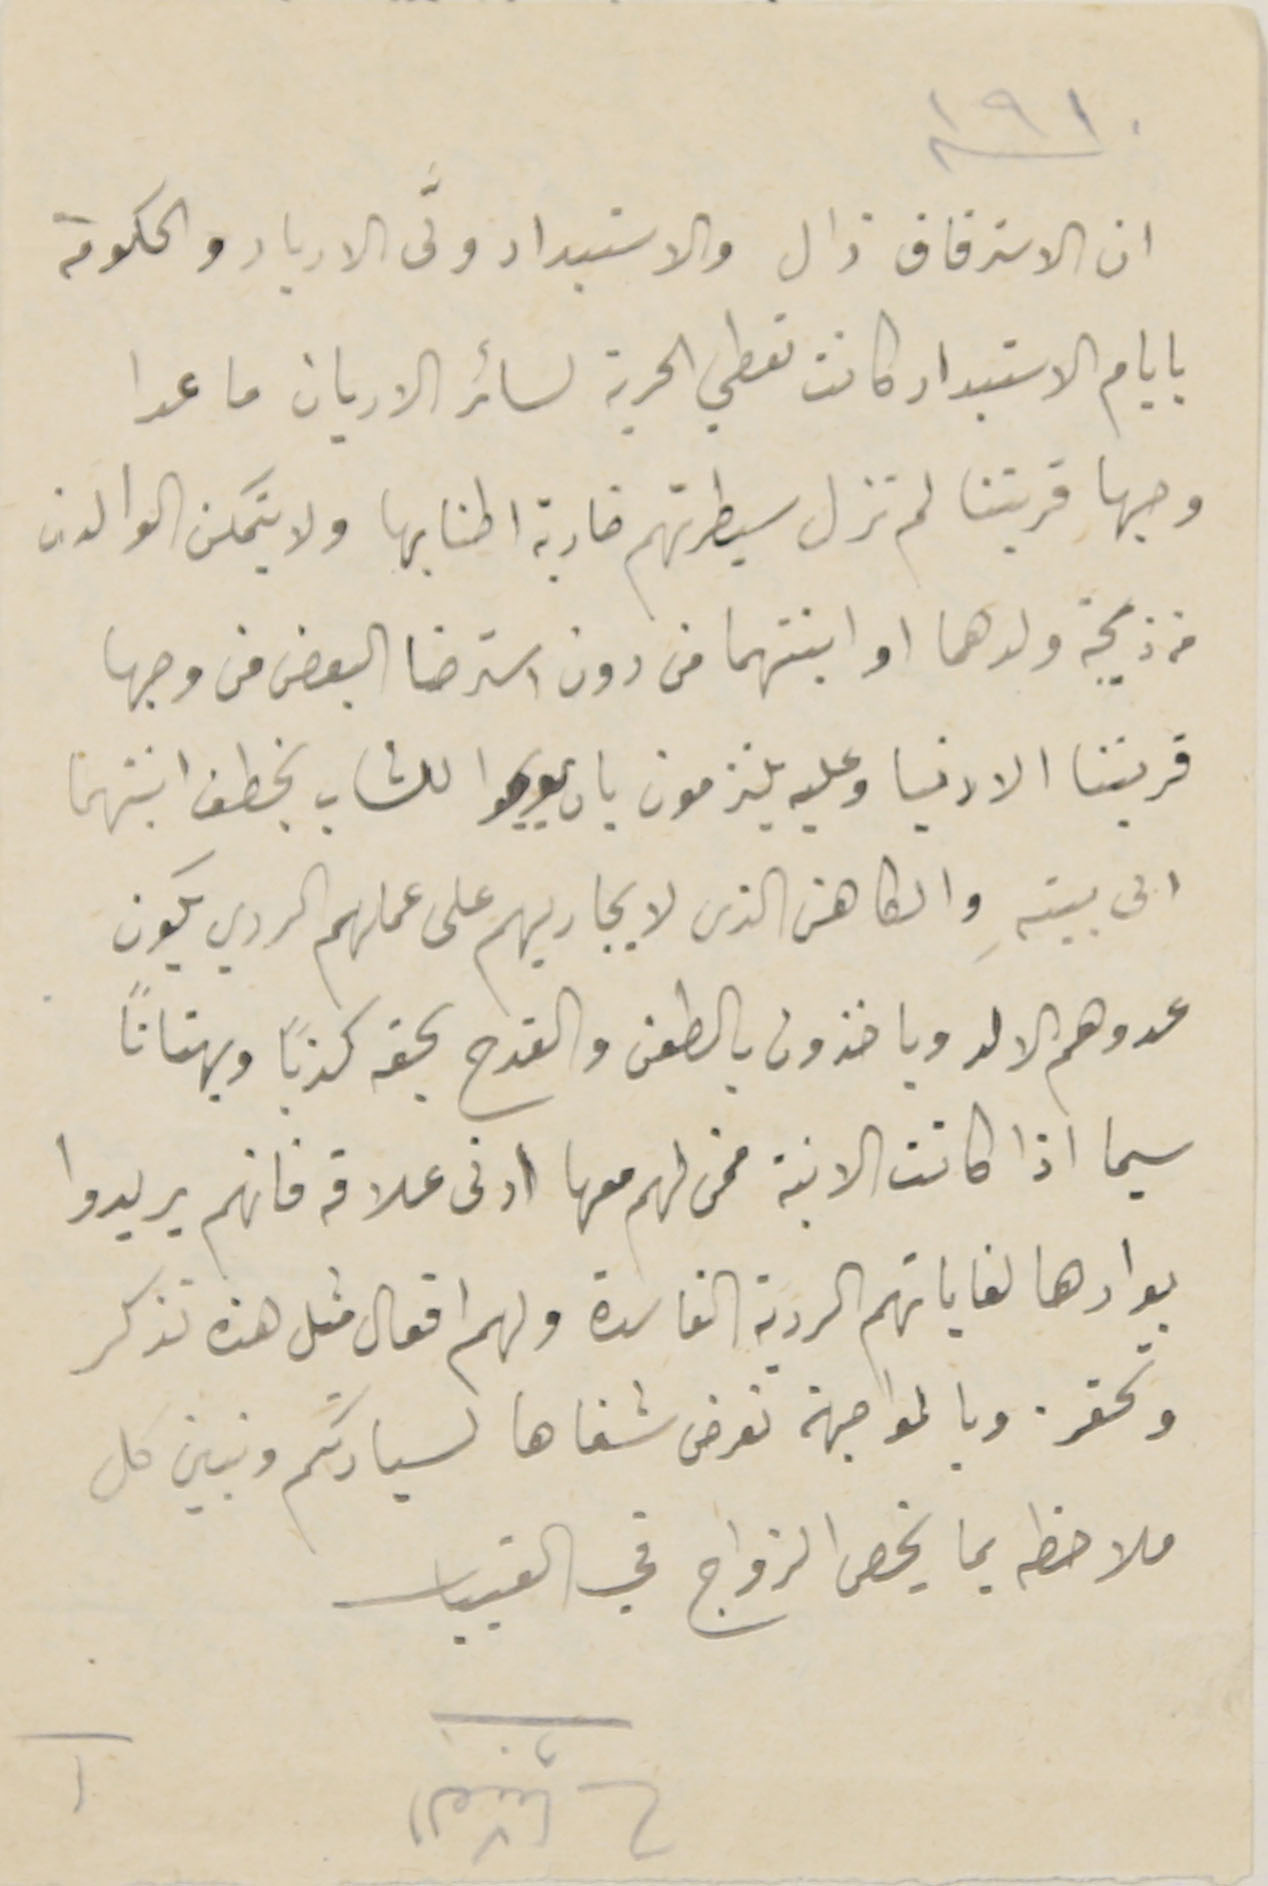
ان الاسترقاق زال والاستبداد ولَّى الاديار والحكومة
بايام الاستبداد كانت تعطي الحرية لسائر الاديان ما عدا
وجها قريتنا لم تزل سيطرتهم ضاربة اطنابها ولا يتمكن الوالدان
من ذيجة ولدهما او ابنتهما من دون استرضا البعض من وجها
قريتنا الادنيا وعليه يلتزمون بان يوجبوا للشاب بخطف ابنتهما
الى بيتهِ والكاهن الذى لا يجاريهم على عملهم الردي يكون
عدوهم الالد وياخذون بالطعن والقدح بحقه كذبًا وبهتانًا
سيما اذا كانت الابنة ممن لهم معها ادنى علاقه فانهم يريدوا
بوارها لغاياتهم الردية الفاسدة ولهم افعال مثل هذه تذكر
وتحفز وبالمواجهة نعرض شفاها لسيادتكم ونبين كل
ملاحظه بما يخص الزواج في القبيات
سنة ١٩١٠